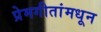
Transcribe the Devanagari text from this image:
प्रेमगीतांमधून